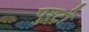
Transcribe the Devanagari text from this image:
पुश्टी